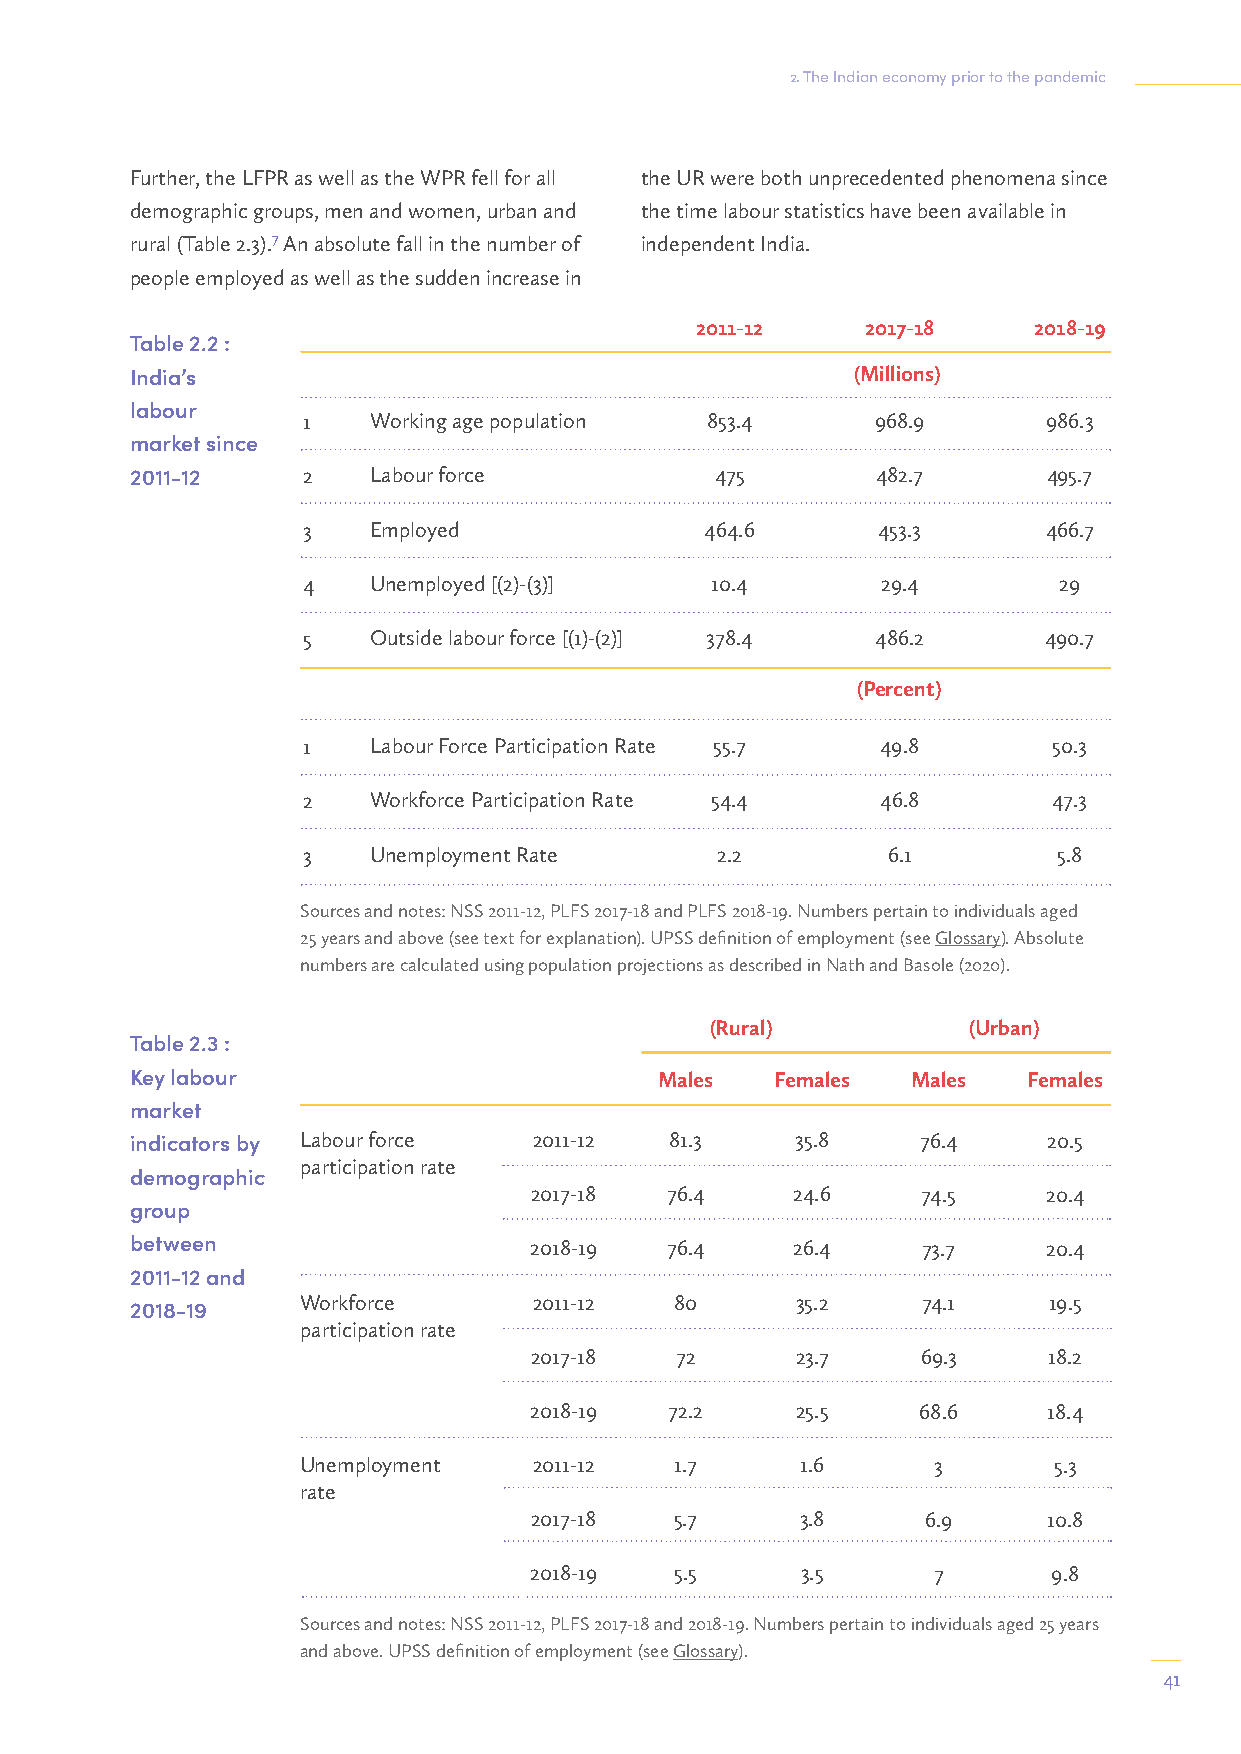
2. The Indian economy prior to the pandemic
 Further, the LFPR as well as the WPR fell for all the UR were both unprecedented phenomena since
 demographic groups, men and women, urban and the time labour statistics have been available in
 rural (Table 2.3).7 An absolute fall in the number of independent India.
 people employed as well as the sudden increase in
 2011-12    2017-18    2018-19
 Table 2.2 :
 India’s                                        (Millions)
 labour
 1   Working age population 853.4      968.9      986.3
 market since
 2011-12    2   Labour force           475        482.7      495.7
 3   Employed               464.6      453.3      466.7
 4   Unemployed [(2)-(3)]   10.4       29.4        29
 5   Outside labour force [(1)-(2)] 378.4 486.2   490.7
 (Percent)
 1   Labour Force Participation Rate 55.7 49.8     50.3
 2   Workforce Participation Rate 54.4 46.8        47.3
 3   Unemployment Rate      2.2         6.1        5.8
 Sources and notes: NSS 2011-12, PLFS 2017-18 and PLFS 2018-19. Numbers pertain to individuals aged
 25 years and above (see text for explanation). UPSS definition of employment (see Glossary). Absolute
 numbers are calculated using population projections as described in Nath and Basole (2020).
 (Rural)          (Urban)
 Table 2.3 :
 Key labour                         Males  Females  Males   Females
 market
 indicators by Labour force 2011-12 81.3     35.8    76.4    20.5
 participation rate
 demographic
 2017-18  76.4    24.6     74.5    20.4
 group
 between                   2018-19  76.4    26.4     73.7    20.4
 2011-12 and
 Workforce      2011-12   80      35.2    74.1    19.5
 2018-19
 participation rate
 2017-18   72      23.7    69.3    18.2
 2018-19  72.2     25.5    68.6    18.4
 Unemployment   2011-12   1.7     1.6      3       5.3
 rate
 2017-18   5.7     3.8     6.9     10.8
 2018-19   5.5     3.5      7       9.8
 Sources and notes: NSS 2011-12, PLFS 2017-18 and 2018-19. Numbers pertain to individuals aged 25 years
 and above. UPSS definition of employment (see Glossary).
 41